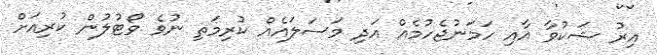
އިރު ޝަކުވާ އާއި ހަމަނުޖެހުމެއް އަދި މަސަލައެއް ކުރިމަތި ނުވެ ވޯޓުލުން ކުރިއަށް